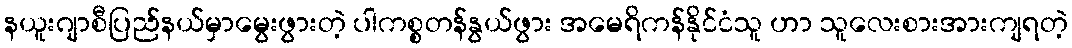
နယူးဂျာစီပြည်နယ်မှာမွေးဖွားတဲ့ ပါကစ္စတန်နွယ်ဖွား အမေရိကန်နိုင်ငံသူ ဟာ သူလေးစားအားကျရတဲ့